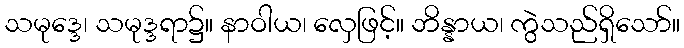
သမုဒ္ဒေ၊ သမုဒ္ဒရာ၌။ နာဝါယ၊ လှေဖြင့်။ ဘိန္နာယ၊ ကွဲသည်ရှိသော်။